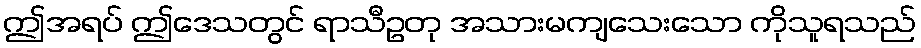
ဤအရပ် ဤဒေသတွင် ရာသီဥတု အသားမကျသေးသော ကိုသူရသည်